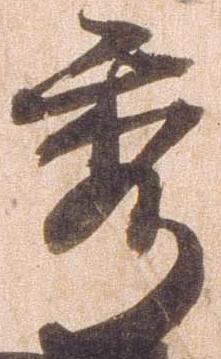
秀